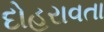
દોહરાવતા